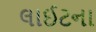
લાઈટના